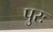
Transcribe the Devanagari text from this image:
पुरः